Report of the Indian Hemp Drugs Commission, 1894-1895 - Volume V
Year: 1894
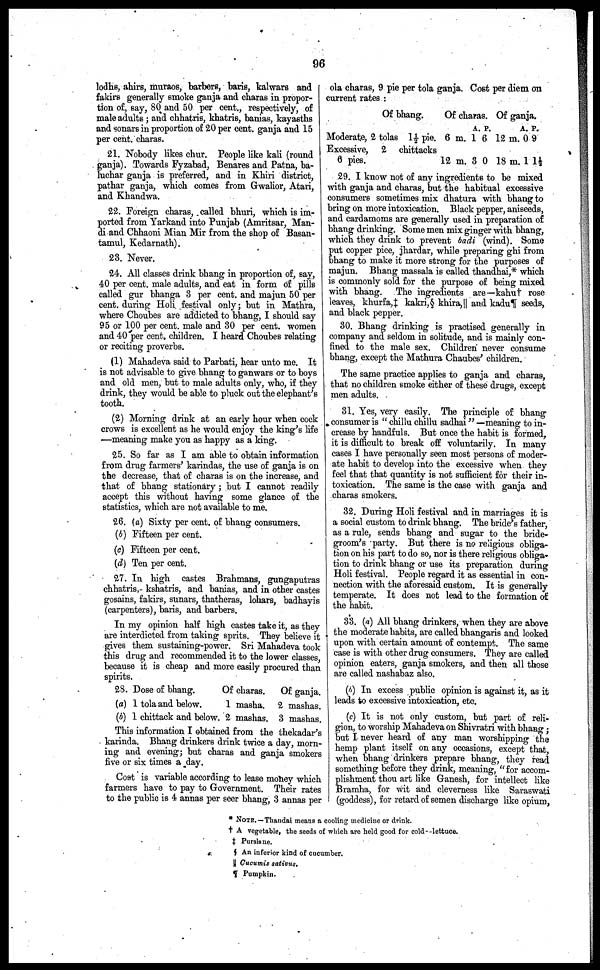
96
lodhs, ahirs, muraos, barbers, baris, kalwars and
fakirs generally smoke ganja and charas in propor-
tion of, say, 80 and 50 per cent., respectively, of
male adults ; and chhatris, khatris, banias, kayasths
and sonars in proportion of 20 per cent. ganja and 15
per cent. charas.
21. Nobody likes chur. People like kali (round
ganja). Towards Fyzabad, Benares and Patna, ba-
luchar ganja is preferred, and in Khiri district,
pathar ganja, which comes from Gwalior, Atari,
and Khandwa.
22. Foreign charas, called bhuri, which is im-
ported from Yarkand into Punjab (Amritsar, Man-
di and Chhaoni Mian Mir from the shop of Basan-
tamul, Kedarnath).
23. Never.
24. All classes drink bhang in proportion of, say,
40 per cent. male adults, and eat in form of pills
called gur bhanga 3 per cent. and majun 50 per
cent. during Holi festival only; but in Mathra,
where Choubes are addicted to bhang, I should say
95 or 100 per cent. male and 30 per cent. women
and 40 per cent. children. I heard Choubes relating
or reciting proverbs.
(1) Mahadeva said to Parbati, hear unto me. It
is not advisable to give bhang to ganwars or to boys
and old men, but to male adults only, who, if they
drink, they would be able to pluck out the elephant's
tooth.
(2) Morning drink at an early hour when cock
crows is excellent as he would enjoy the king's life
—meaning make you as happy as a king.
25. So far as I am able to obtain information
from drug farmers' karindas, the use of ganja is on
the decrease, that of charas is on the increase, and
that of bhang stationary ; but I cannot readily
accept this without having some glance of the
statistics, which are not available to me.
26. (a) Sixty per cent. of bhang consumers.
(b) Fifteen per cent.
(c) Fifteen per cent.
(d) Ten per cent.
27. In high castes Brahmans, gungaputras
chhatris, kshatris, and banias, and in other castes
gosains, fakirs, sunars, thatheras, lohars, badhayis
(carpenters), baris, and barbers.
In my opinion half high castes take it, as they
are interdicted from taking sprits. They believe it
gives them sustaining-power. Sri Mahadeva took
this drug and recommended it to the lower classes,
because it is cheap and more easily procured than
spirits.
28.
(a)
(b)
Dose of bhang.
Of charas.
1 tola and below.
1 masha.
1 chittack and below. 2 mashas.
Of ganja.
2 mashas.
3 mashas.
This information I obtained from the thekadar's
karinda. Bhang drinkers drink twice a day, morn-
ing and evening; but charas and ganja smokers
five or six times a day.
Cost is variable according to lease money which
farmers have to pay to Government. Their rates
to the public is 4 annas per seer bhang, 3 annas per
ola charas, 9 pie per tola ganja. Cost per diem on
current rates :
Of bhang.
Moderate, 2 tolas 1½ pie.
Excessive, 2 chittacks
6 pies.
Of charas.
6 m.
12 m.
A.
1
3
P.
6
0
Of ganja.
12 m.
18 m.
A.
0
1
P.
9
1 ½
29. I know not of any ingredients to be mixed
with ganja and charas, but the habitual excessive
consumers sometimes mix dhatura with bhang to
bring on more intoxication. Black pepper, aniseeds,
and cardamoms are generally used in preparation of
bhang drinking. Some men mix ginger with bhang,
which they drink to prevent badi (wind). Some
put copper pice, jhardar, while preparing ghi from
bhang to make it more strong for the purposes of
majun. Bhang massala is called thandhai,* which
is commonly sold for the purpose of being mixed
with bhang. The ingredients are—kahu† rose
leaves, khurfa,‡ kakri,§ khira,|| and kadu¶ seeds,
and black pepper.
30. Bhang drinking is practised generally in
company and seldom in solitude, and is mainly con-
fined to the male sex. Children never consume
bhang, except the Mathura Chaubes' children.
The same practice applies to ganja and charas,
that no children smoke either of these drugs, except
men adults.
31. Yes, very easily. The principle of bhang
consumer is " chillu chillu sadhai" —meaning to in-
crease by handfuls. But once the habit is formed,
it is difficult to break off voluntarily. In many
cases I have personally seen most persons of moder-
ate habit to develop into the excessive when they
feel that that quantity is not sufficient for their in-
toxication. The same is the case with ganja and
charas smokers.
32. During Holi festival and in marriages it is
a social custom to drink bhang. The bride's father,
as a rule, sends bhang and sugar to the bride-
groom's party. But there is no religious obliga-
tion on his part to do so, nor is there religious obliga-
tion to drink bhang or use its preparation during
Holi festival. People regard it as essential in con-
nection with the aforesaid custom. It is generally
temperate. It does not lead to the formation of
the habit.
33. (a) All bhang drinkers, when they are above
the moderate habits, are called bhangaris and looked
upon with certain amount of contempt. The same
case is with other drug consumers. They are called
opinion eaters, ganja smokers, and then all those
are called nashabaz also.
(b) In excess public opinion is against it, as it
leads to excessive intoxication, etc.
(c) It is not only custom, but part of reli-
gion, to worship Mahadeva on Shivratri with bhang;
but I never heard of any man worshipping the
hemp plant itself on any occasions, except that,
when bhang drinkers prepare bhang, they read
something before they drink, meaning, " for accom-
plishment thou art like Ganesh, for intellect like
Bramha, for wit and cleverness like Saraswati
(goddess), for retard of semen discharge like opium,
* NOTE. — Thandai means a cooling medicine or drink.
† A vegetable, the seeds of which are held good for cold-lettuce.
‡ Purslane.
¶ An inferior kind of cucumber.
||Cucumis sativus.
¶ Pumpkin.